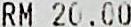
RM 20.00